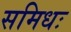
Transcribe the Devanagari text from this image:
समिधः